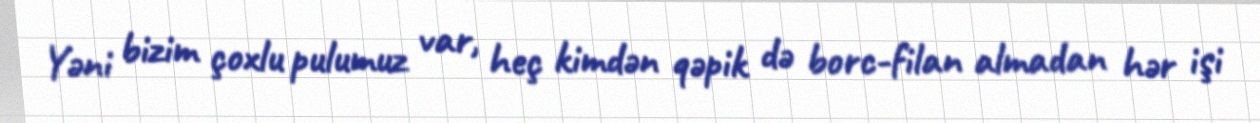
Yəni bizim çoxlu pulumuz var, heç kimdən qəpik də borc-filan almadan hər işi